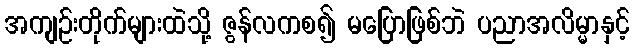
အကျဉ်းတိုက်များထဲသို့ ဇွန်လကစ၍ မပြောဖြစ်ဘဲ ပညာအလိမ္မာနှင့်